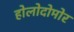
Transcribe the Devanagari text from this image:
होलोदोमोर